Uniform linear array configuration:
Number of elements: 12
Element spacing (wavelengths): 1
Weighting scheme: exponential
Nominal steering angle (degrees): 45
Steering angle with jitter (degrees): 43.527
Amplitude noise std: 0.05
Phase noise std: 0.05

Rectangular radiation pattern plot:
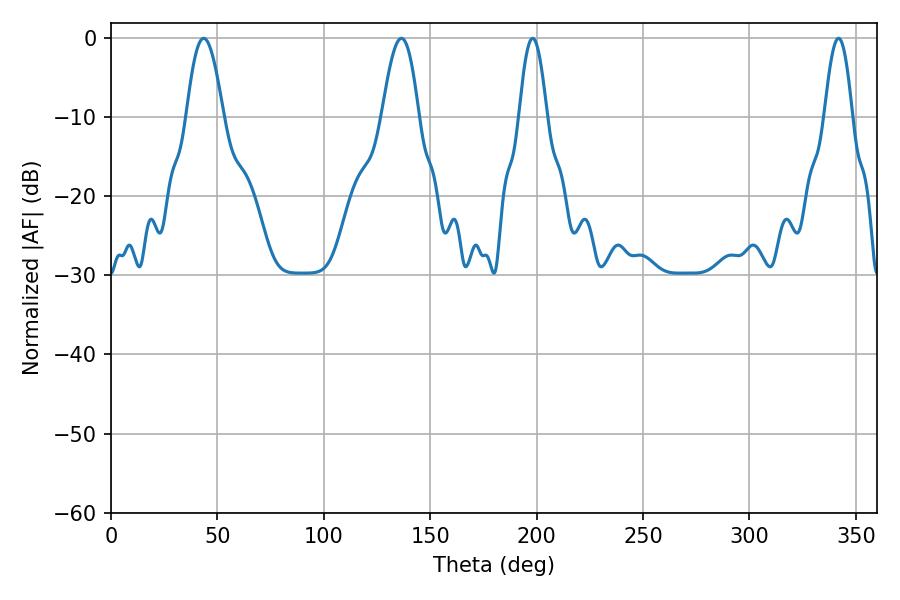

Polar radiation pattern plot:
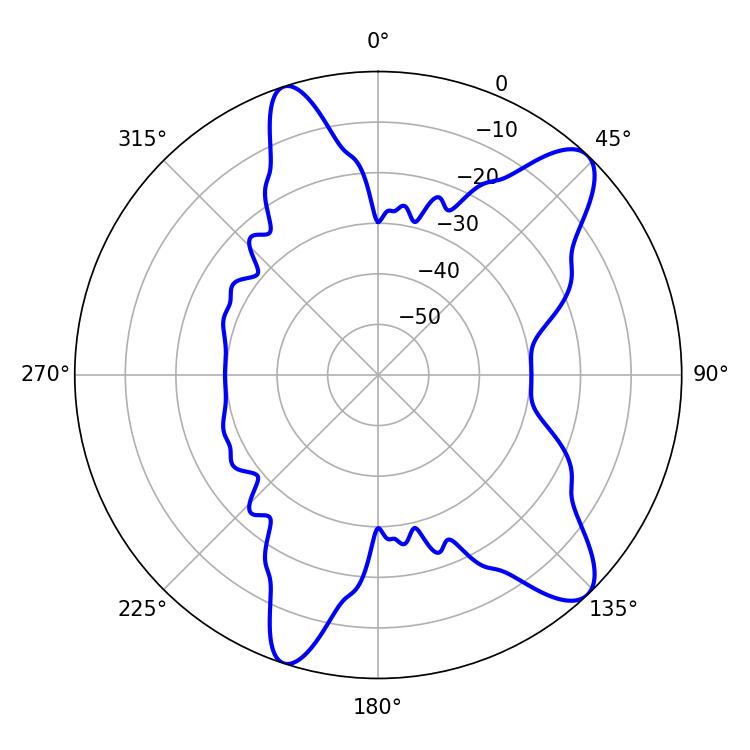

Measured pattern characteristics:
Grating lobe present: TRUE
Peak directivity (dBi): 10.692
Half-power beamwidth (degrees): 9.36
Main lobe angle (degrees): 43.56